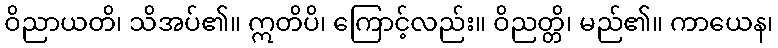
ဝိညာယတိ၊ သိအပ်၏။ ဣတိပိ၊ ကြောင့်လည်း။ ဝိညတ္တိ၊ မည်၏။ ကာယေန၊